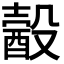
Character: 𣫈